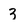
Character: 3